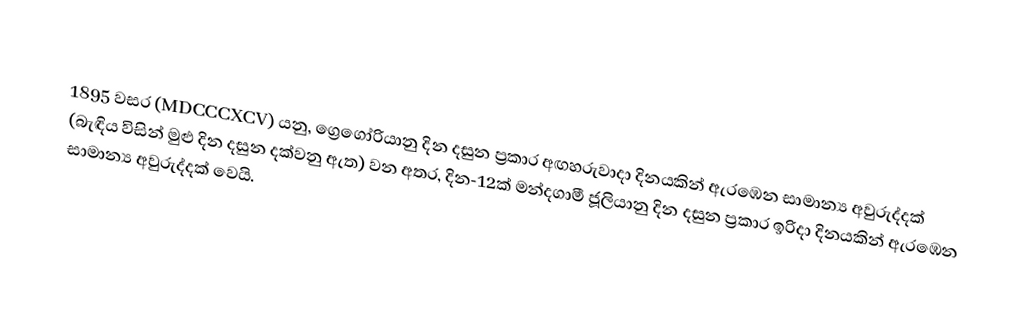

1895 වසර (MDCCCXCV) යනු, ග්‍රෙගෝරියානු දින දසුන ප්‍රකාර  අඟහරුවාදා දිනයකින් ඇරඹෙන සාමාන්‍ය අවුරුද්දක් (බැඳිය විසින් මුළු දින දසුන දක්වනු ඇත) වන අතර,  දින-12ක් මන්දගාමී ජූලියානු දින දසුන ප්‍රකාර   ඉරිදා දිනයකින් ඇරඹෙන සාමාන්‍ය අවුරුද්දක් වෙයි.